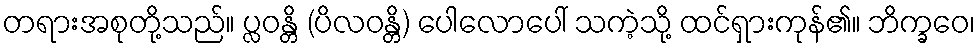
တရားအစုတို့သည်။ ပ္လဝန္တိ (ပိလဝန္တိ) ပေါလောပေါ် သကဲ့သို့ ထင်ရှားကုန်၏။ ဘိက္ခဝေ၊